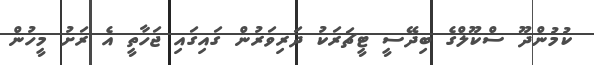
ކުމުންދޫ ސްކޫލްގެ ބިދޭސީ ޓީޗަރަކު ދަރިވަރުން ގައިގައި ޖަހާތީ އެ ރަށު މީހުން